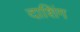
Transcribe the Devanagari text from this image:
दाशिंग